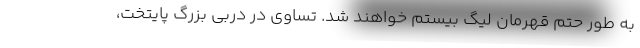
به طور حتم قهرمان لیگ بیستم خواهند شد. تساوی در دربی بزرگ پایتخت،